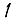
Digit: 1